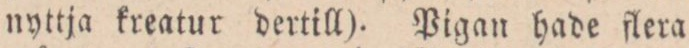
nyttja kreatur dertill). Pigan hade flera